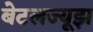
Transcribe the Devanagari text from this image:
बेटलज्यूझ